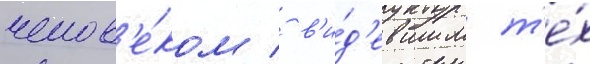
челов'е́ком / в'и́д'евшим т'е́х